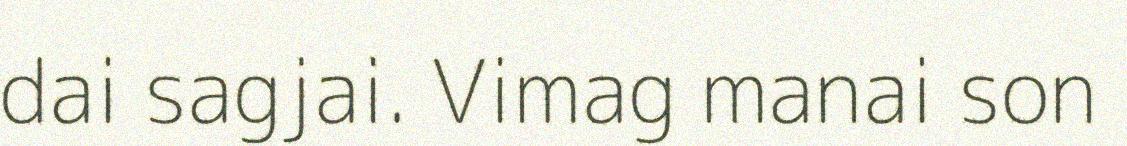
dai sagjai. Vimag manai son